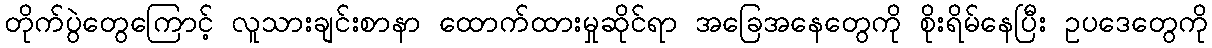
တိုက်ပွဲတွေကြောင့် လူသားချင်းစာနာ ထောက်ထားမှုဆိုင်ရာ အခြေအနေတွေကို စိုးရိမ်နေပြီး ဥပဒေတွေကို